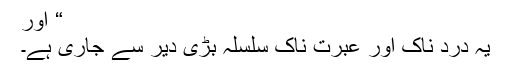
“ اور
یہ درد ناک اور عبرت ناک سلسلہ بڑی دیر سے جاری ہے۔